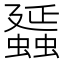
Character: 䗺